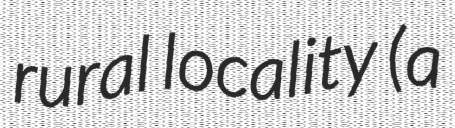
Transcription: rural locality (a